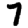
Digit: 7